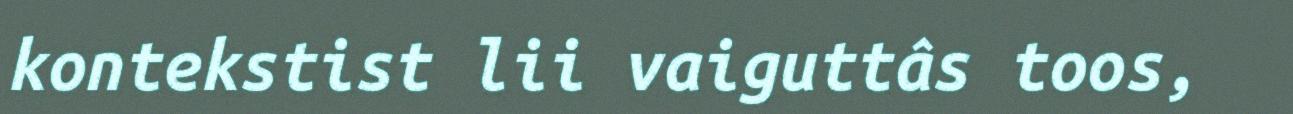
kontekstist lii vaiguttâs toos,